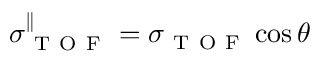
\sigma _ { \mathrm { ~ T ~ O ~ F ~ } } ^ { \parallel } = \sigma _ { \mathrm { ~ T ~ O ~ F ~ } } \cos { \theta }